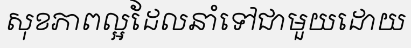
សុខភាពល្អដែលនាំទៅជាមួយដោយ